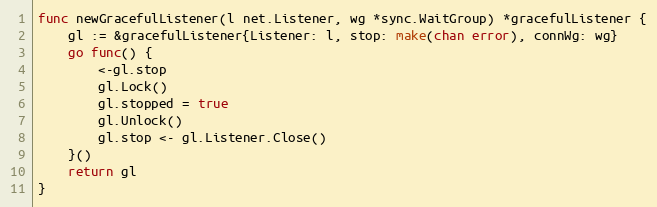
Language: Go
func newGracefulListener(l net.Listener, wg *sync.WaitGroup) *gracefulListener {
	gl := &gracefulListener{Listener: l, stop: make(chan error), connWg: wg}
	go func() {
		<-gl.stop
		gl.Lock()
		gl.stopped = true
		gl.Unlock()
		gl.stop <- gl.Listener.Close()
	}()
	return gl
}